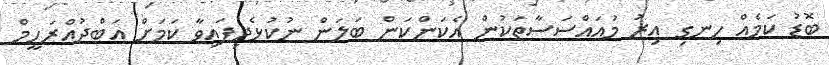
ބޮޑު ކަމެއް ހިނގި އިރު މުއައްސަސާތަކުން އެކަންކަން ބަލަން ނުކުޅެދިފައިވާ ކަމަށް އަބްދުއްރަހީމް